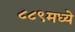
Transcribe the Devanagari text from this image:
८८९मध्ये